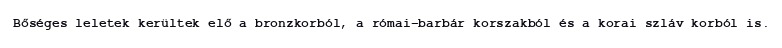
Bőséges leletek kerültek elő a bronzkorból, a római-barbár korszakból és a korai szláv korból is.